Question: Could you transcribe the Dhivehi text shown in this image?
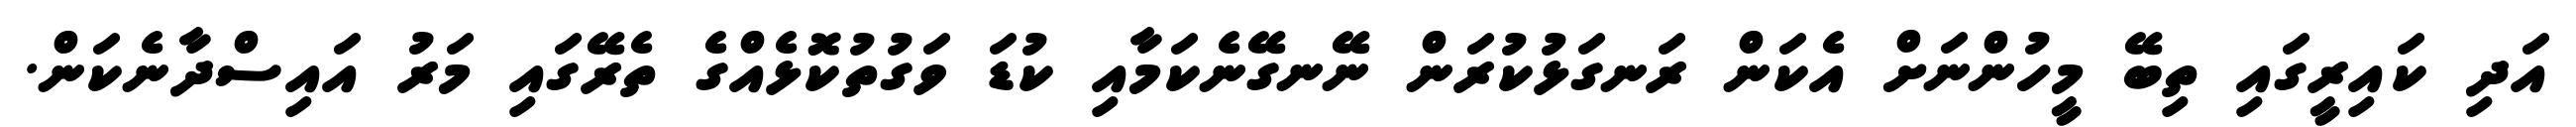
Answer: އަދި ކައިރީގައި ތިބޭ މީހުންނަށް އެކަން ރަނގަޅުކުރަން ނޭނގޭނެކަމާއި ކުޑަ ވަގުތުކޮޅެއްގެ ތެރޭގައި މަރު އައިސްދާނެކަން.